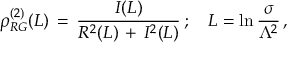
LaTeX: \rho _ { R G } ^ { ( 2 ) } ( L ) \, = \, \frac { I ( L ) } { R ^ { 2 } ( L ) \, + \, I ^ { 2 } ( L ) } \, ; \quad L = \ln \frac { \sigma } { \Lambda ^ { 2 } } \, ,